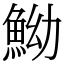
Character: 䱂